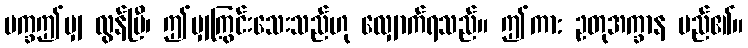
ပက္ခဤမျှ လွန်ပြီ၊ ဤမျှကြွင်းသေးသည်ဟု လျှောက်ရသည်။ ဤကာ: ဥတုအက္ခာန မည်၏။